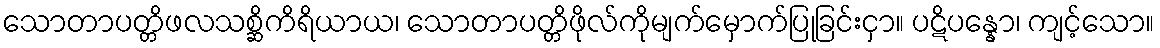
သောတာပတ္တိဖလသစ္ဆိကိရိယာယ၊ သောတာပတ္တိဖိုလ်ကိုမျက်မှောက်ပြုခြင်းငှာ။ ပဋိပန္နော၊ ကျင့်သော။